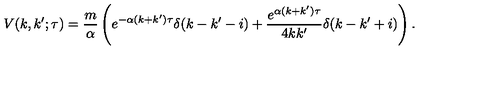
V ( k , k ^ { \prime } ; \tau ) = \frac { m } { \alpha } \left( e ^ { - \alpha ( k + k ^ { \prime } ) \tau } \delta ( k - k ^ { \prime } - i ) + \frac { e ^ { \alpha ( k + k ^ { \prime } ) \tau } } { 4 k k ^ { \prime } } \delta ( k - k ^ { \prime } + i ) \right) .